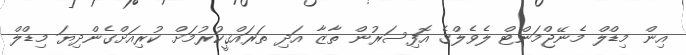
އިން މިޑްލް މެނޭޖްމަންޓް ލެވެލްގެ އޮފިސަރުން ތާޒާ އަދި ތަރައްޤީކުރުމަށް ކުރިއަށްގެންދިޔަ މިޑްލް